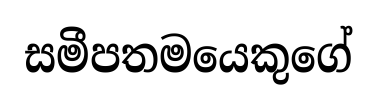
සමීපතමයෙකුගේ